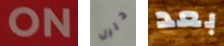
ON دليل بعد